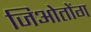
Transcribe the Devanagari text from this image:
जिओतोंग